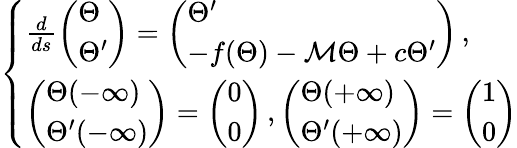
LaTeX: \left\{ \begin{array}{ll}{\frac{d}{ds}\left(\begin{array}{l}{{\Theta}}\\ {{\Theta}^{\prime}}\end{array}\right)=\left(\begin{array}{l}{{\Theta}^{\prime}}\\ {-f({\Theta})-{\mathcal M}{\Theta}+c{\Theta}^{\prime}}\end{array}\right)\, ,}\\ {\left(\begin{array}{l}{{\Theta}(-\infty)}\\ {{\Theta}^{\prime}(-\infty)}\end{array}\right)=\left(\begin{array}{l}{0}\\ {0}\end{array}\right)\, ,\left(\begin{array}{l}{{\Theta}(+\infty)}\\ {{\Theta}^{\prime}(+\infty)}\end{array}\right)=\left(\begin{array}{l}{1}\\ {0}\end{array}\right)}\end{array}\right.